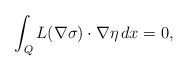
LaTeX: \begin{align*} \int_{Q} L(\nabla \sigma) \cdot \nabla \eta\,dx = 0, \end{align*}